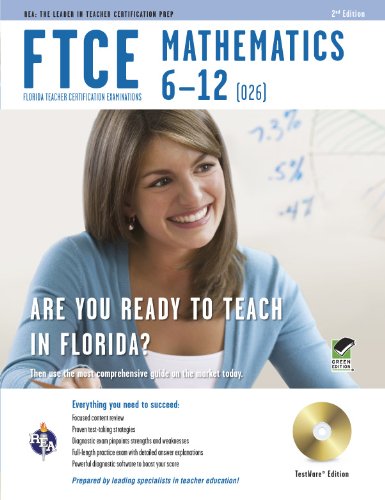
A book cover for FTCE Mathematics 6-12 w/CD-ROM (FTCE Teacher Certification Test Prep); Mel Friedman M.S.; Test Preparation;